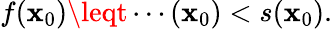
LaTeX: f(\mathbf{x}_{0})\leqt\cdots(\mathbf{x}_{0})<s(\mathbf{x}_{0}).